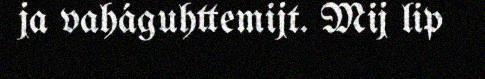
ja vaháguhttemijt. Mij lip